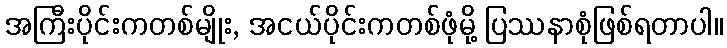
အကြီးပိုင်းကတစ်မျိုး, အငယ်ပိုင်းကတစ်ဖုံမို့ ပြဿနာစုံဖြစ်ရတာပါ။